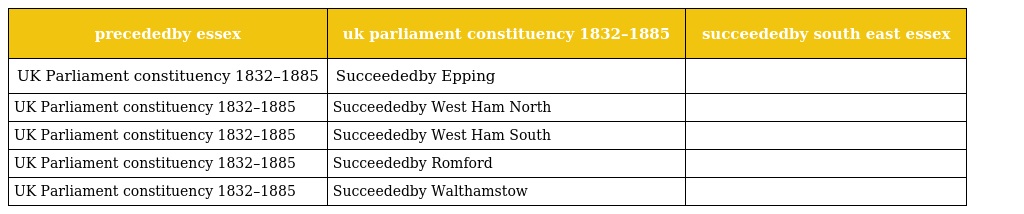
| precededby essex | uk parliament constituency 1832–1885 | succeededby south east essex |
 | --- | --- | --- |
 | UK Parliament constituency 1832–1885 | Succeededby Epping |  |
 | UK Parliament constituency 1832–1885 | Succeededby West Ham North |  |
 | UK Parliament constituency 1832–1885 | Succeededby West Ham South |  |
 | UK Parliament constituency 1832–1885 | Succeededby Romford |  |
 | UK Parliament constituency 1832–1885 | Succeededby Walthamstow |  |